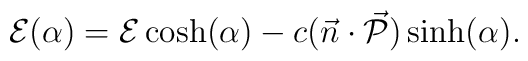
{\cal{E}}(\alpha) = {\cal{E}}\cosh(\alpha)-c(\vec{n}\cdot\vec{\cal{P}})\sinh(\alpha).